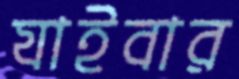
যাইবার